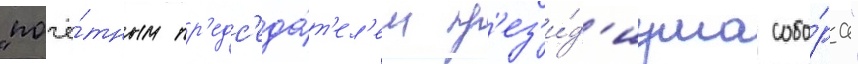
"почё́тным пр'едс'еда́т'ел'ем пр'ез'и́д'иума собо́ра"